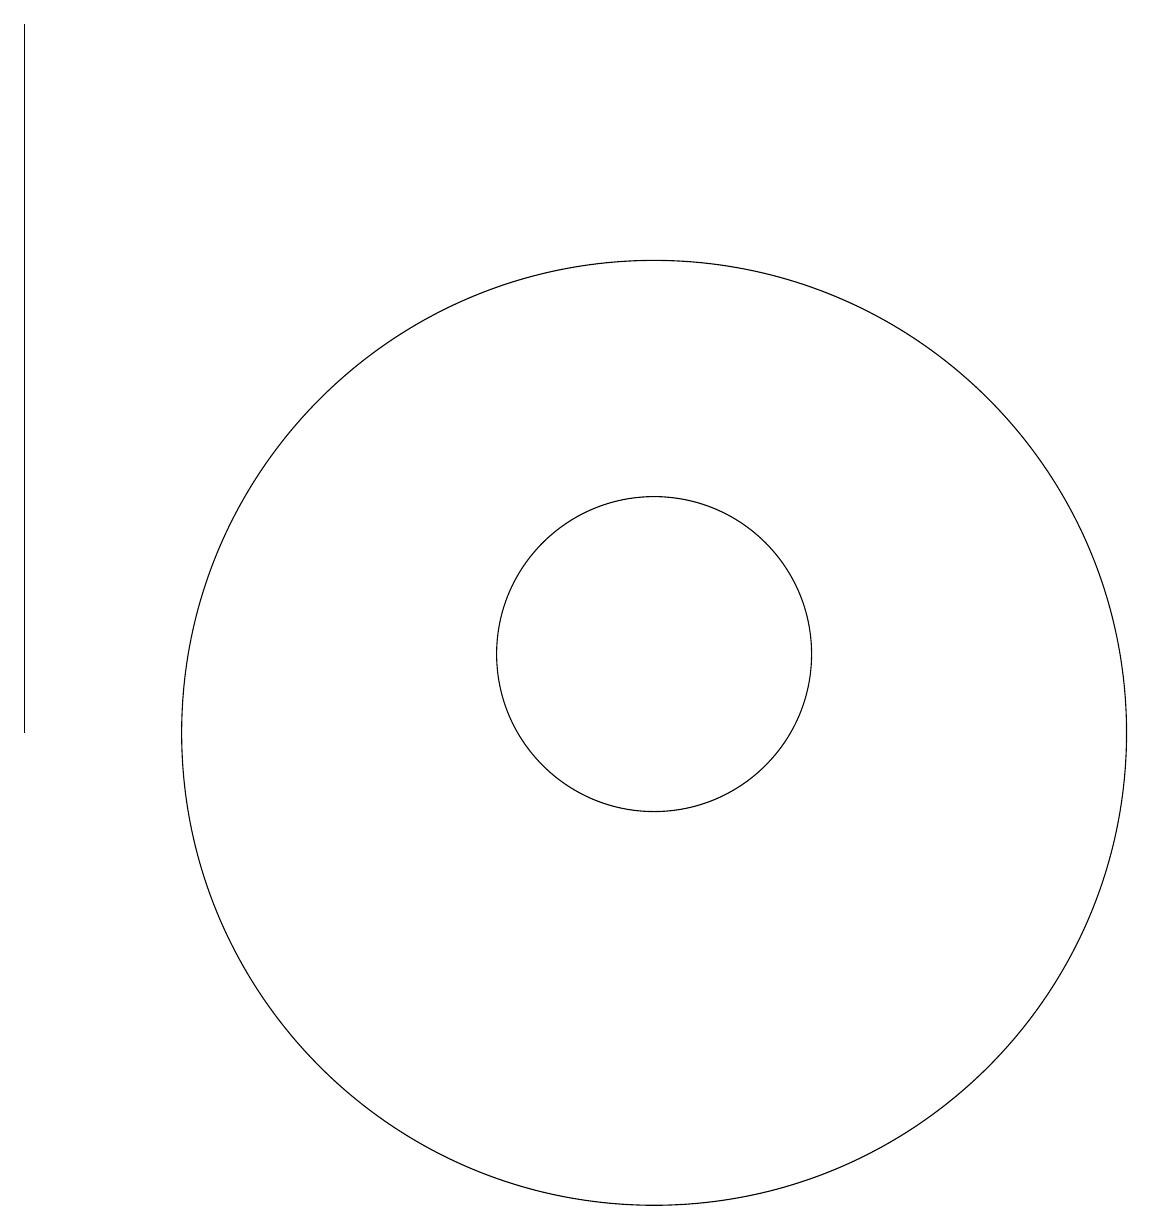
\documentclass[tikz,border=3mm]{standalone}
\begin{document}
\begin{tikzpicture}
\draw (11,10) circle (6);
\draw (11,11) circle (2);
\draw (12,11) circle (0);
\draw (3,19) rectangle (3,10);
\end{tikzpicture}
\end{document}